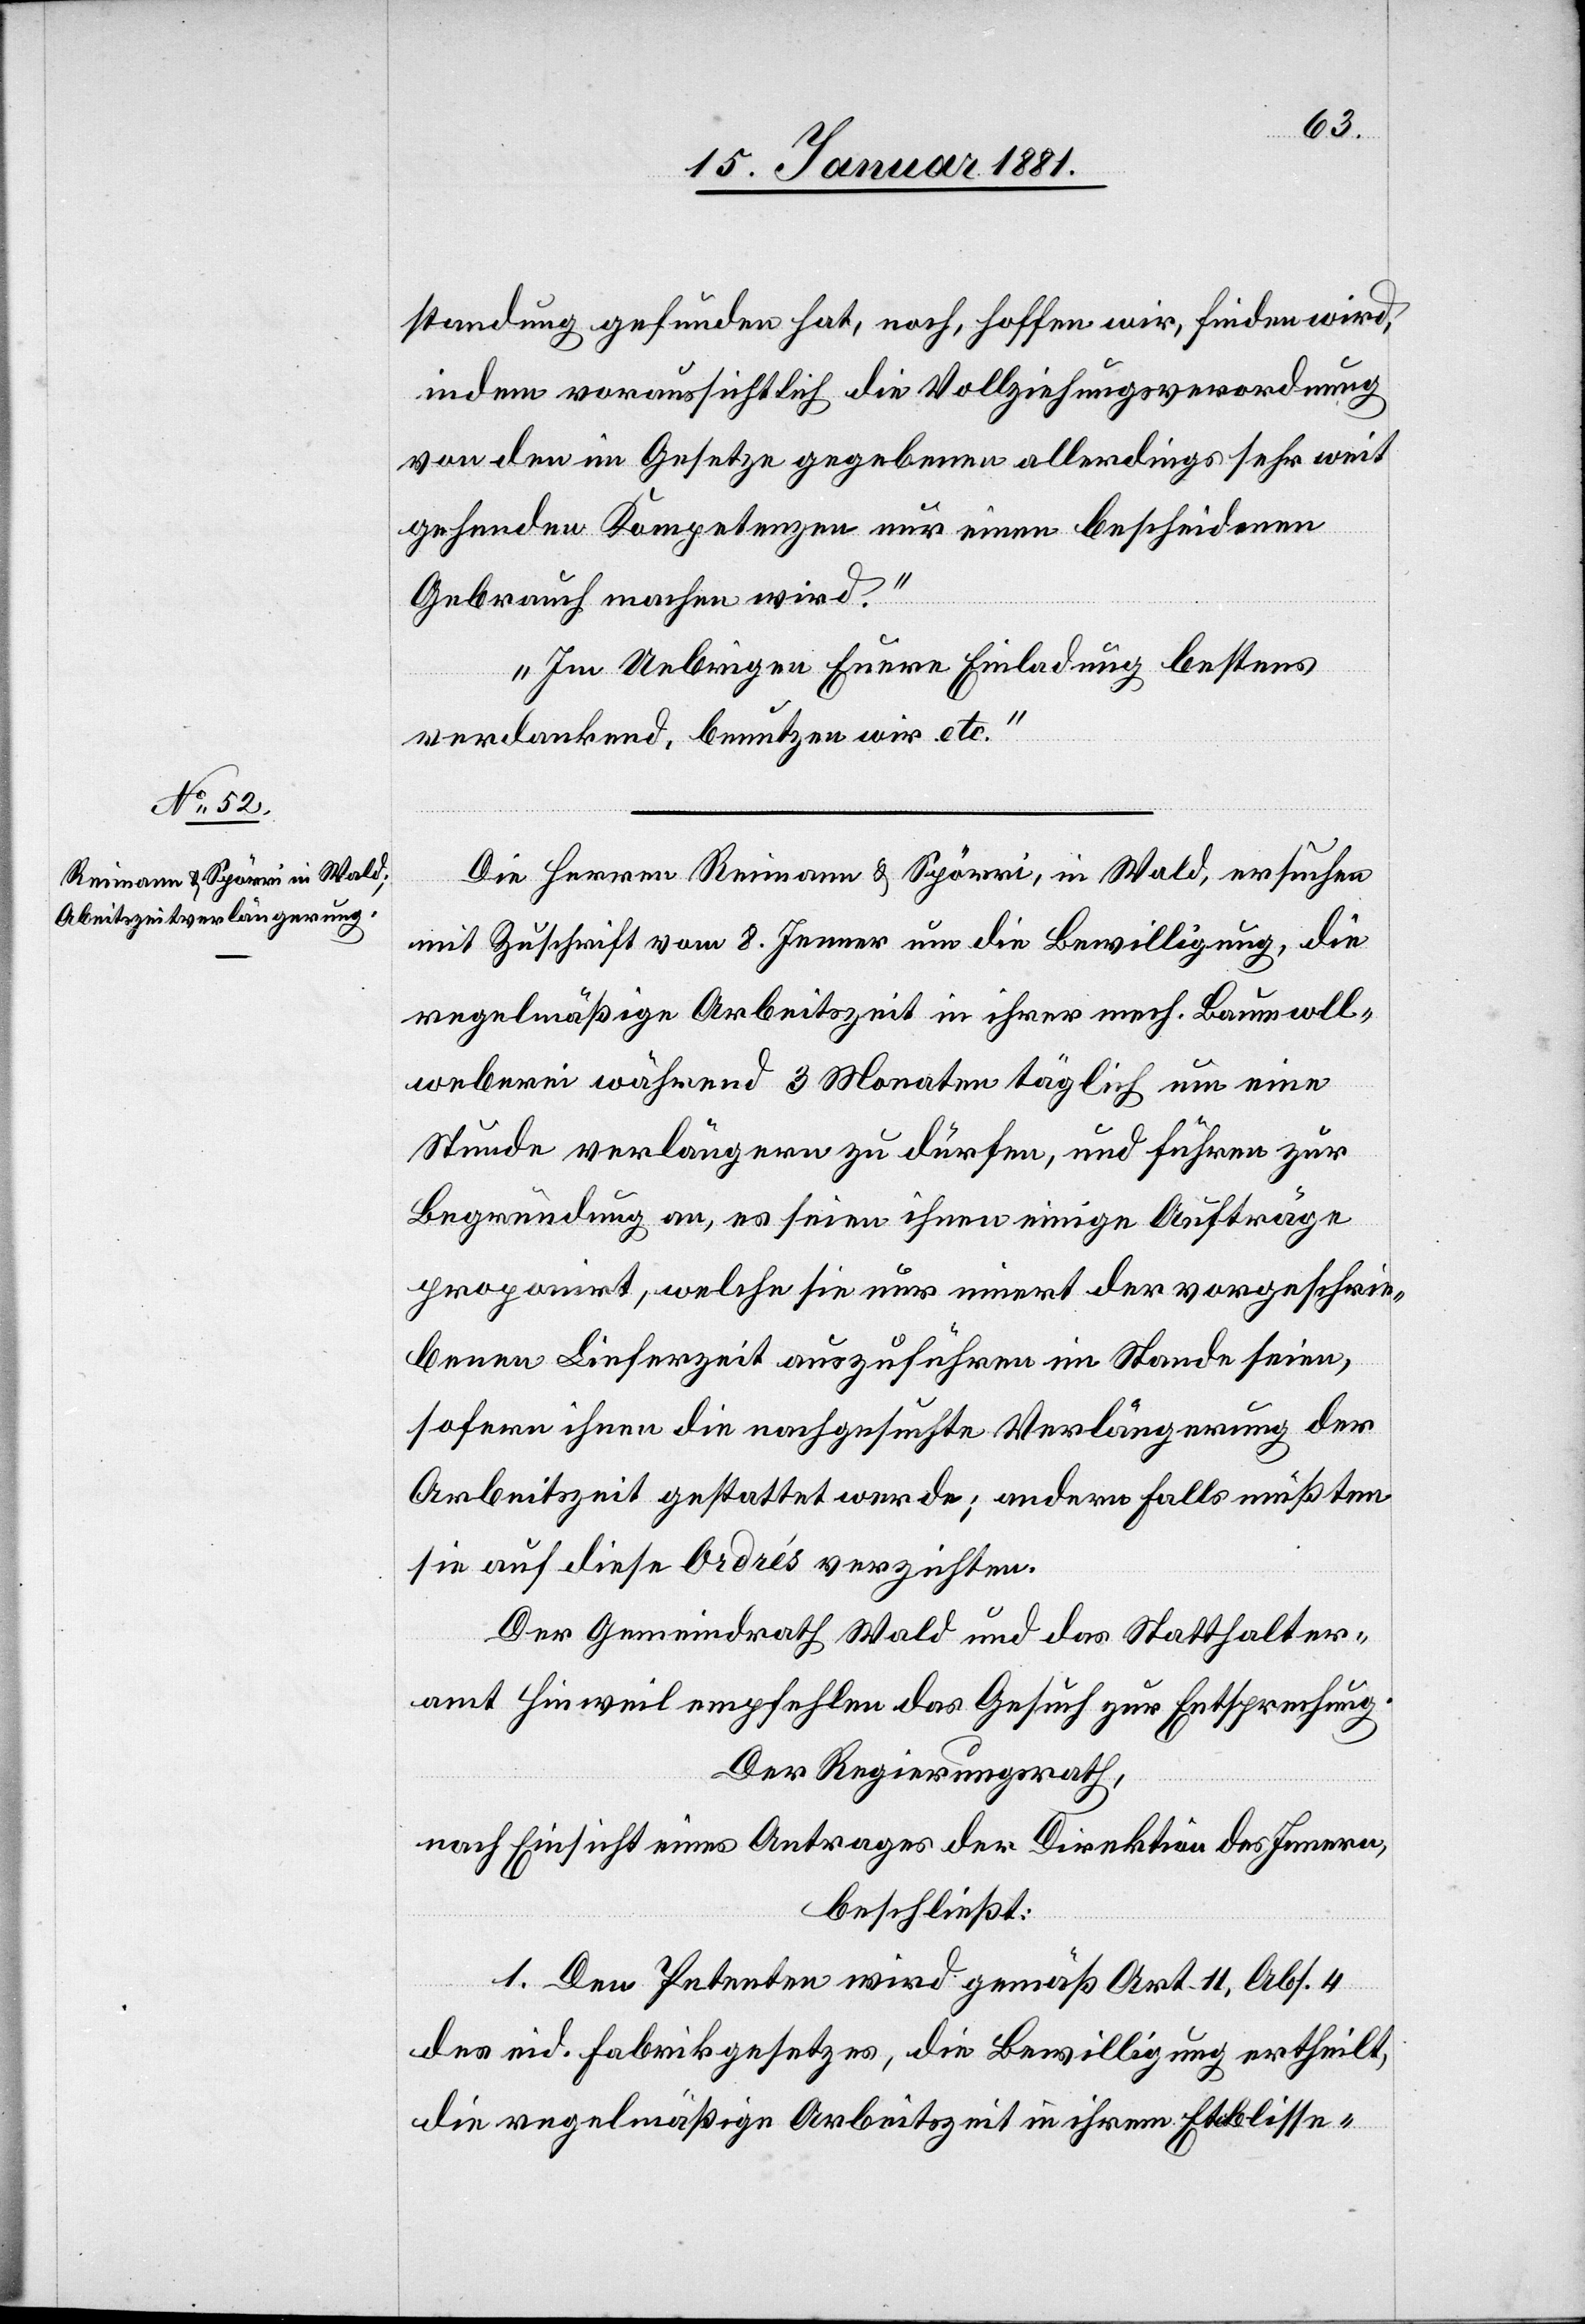
standung gefunden hat, noch, hoffen wir, finden wird,
indem voraussichtlich die Vollziehungsverordnung
von den im Gesetze gegebenen allerdings sehr weit
gehenden Kompetenzen nur einen bescheidenen
Gebrauch machen wird.“
„Im Uebrigen Euere Einladung bestens
verdankend, benutzen wir etc.“
Die Herren Reimann & Spörri, in Wald, ersuchen
mit Zuschrift vom 8. Jenner um die Bewilligung, die
regelmäßige Arbeitszeit in ihrer mech. Baumwoll¬
weberei während 3 Monaten täglich um eine
Stunde verlängern zu dürfen, und führen zur
Begründung an, es seien ihnen einige Aufträge
proponirt, welche sie nur innert der vorgeschrie¬
benen Lieferzeit auszuführen im Stande seien,
sofern ihnen die nachgesuchte Verlängerung der
Arbeitszeit gestattet werde; andern Falls müßten
sie auf diese Ordrés verzichten.
Der Gemeindrath Wald und das Statthalter¬
amt Hinweil empfehlen das Gesuch zur Entsprechung.
Der Regierungsrath,
nach Einsicht eines Antrages der Direktion des Innern,
beschließt:
1. Den Petenten wird gemäß Art. 11, Abs. 4
des eid. Fabrikgesetzes, die Bewilligung ertheilt,
die regelmäßige Arbeitszeit in ihrem Etablisse-